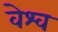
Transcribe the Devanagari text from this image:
वेश्व